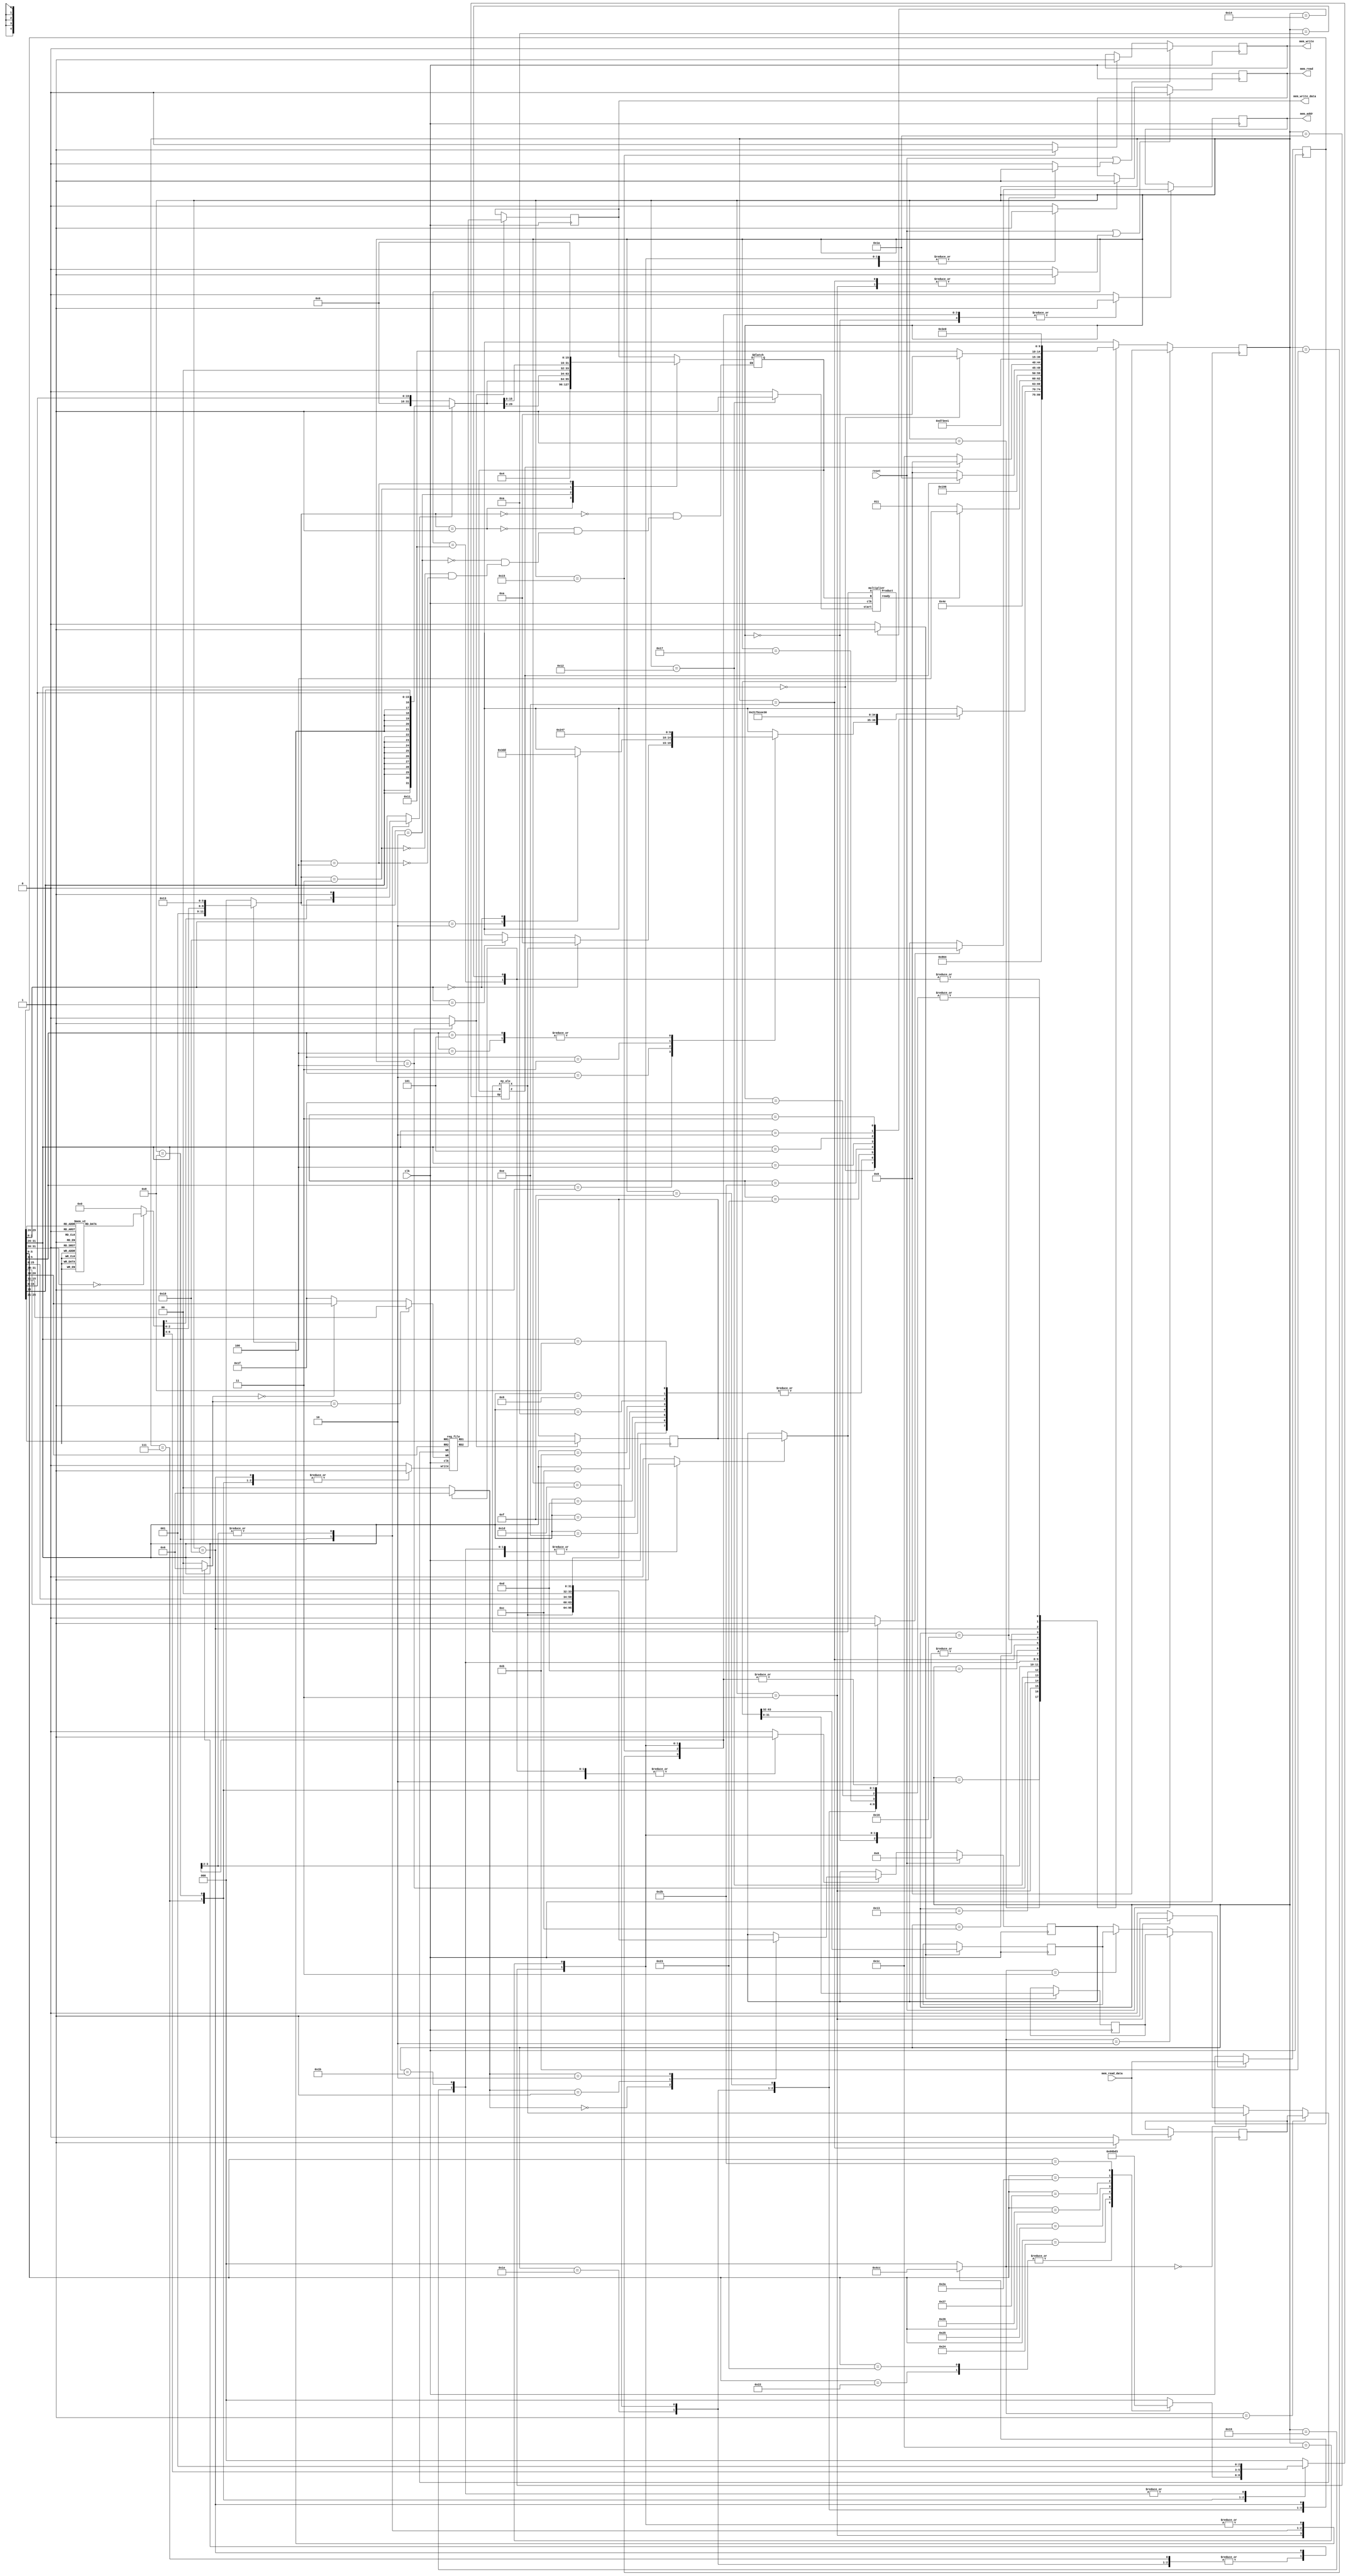

`timescale 1ns/100ps

   `define ADD  3'b000
   `define SUB  3'b001
   `define SLT  3'b010
   `define SLTU 3'b011
   `define AND  3'b100
   `define XOR  3'b101
   `define OR   3'b110
   `define NOR  3'b111

module multi_cycle_mips(

   input clk,
   input reset,

   // Memory Ports
   output  [31:0] mem_addr,
   input   [31:0] mem_read_data,
   output  [31:0] mem_write_data,
   output         mem_read,
   output         mem_write
);

   // Data Path Registers
   reg MRE, MWE;
   reg [31:0] A, B, PC, IR, MDR, MAR, lr, hr;

   // Data Path Control Lines, donot forget, regs are not always regs !!
   reg setMRE, clrMRE, setMWE, clrMWE;
   reg Awrt, Bwrt, RFwrt, PCwrt, IRwrt, MDRwrt, MARwrt;

   // Memory Ports Binding
   assign mem_addr = MAR;
   assign mem_read = MRE;
   assign mem_write = MWE;
   assign mem_write_data = B;

   // Mux & ALU Control Lines
   reg [2:0] aluOp;
   reg [2:0] aluSelB, MemtoReg;
   reg [1:0] RegDst,pcSrc;
   reg SgnExt, aluSelA, IorD , start, LHWrite;

   // Wiring
   wire aluZero , ready;
   wire [31:0] aluResult, rfRD1, rfRD2 ;
   wire [63:0] multiplier_result;

   // Clocked Registers
   always @( posedge clk ) begin
      if( reset )
         PC <= #0.1 32'h00000000;
      else if( PCwrt )begin
         case(pcSrc)
         2'b00 : PC <= #0.1 aluResult;
         2'b01 : PC <= #0.1 {IR[31:28],IR[25:0],2'b00};
         2'b10 : PC <= #0.1 A;
      endcase
         end

      if( Awrt ) A <= #0.1 rfRD1;
      if( Bwrt ) B <= #0.1 rfRD2;

      if( MARwrt ) MAR <= #0.1 IorD ? aluResult : PC;

      if( IRwrt ) IR <= #0.1 mem_read_data;
      if( MDRwrt ) MDR <= #0.1 mem_read_data;

      if( reset | clrMRE ) MRE <= #0.1 1'b0;
          else if( setMRE) MRE <= #0.1 1'b1;

      if( reset | clrMWE ) MWE <= #0.1 1'b0;
          else if( setMWE) MWE <= #0.1 1'b1;
      if (LHWrite)begin
          hr <= #0.1 multiplier_result[63:32];
          lr <= #0.1 multiplier_result[31:0];
      end

   end

   // Register File
   reg_file rf(
      .clk( clk ),
      .write( RFwrt ),

      .RR1( IR[25:21] ),
      .RR2( IR[20:16] ),
      .RD1( rfRD1 ),
      .RD2( rfRD2 ),

      .WR( RegDst == 2'b01 ? IR[15:11] : RegDst == 2'b00 ?  IR[20:16] : 5'b11111 ),
      .WD( MemtoReg == 2'b01 ? MDR : MemtoReg == 2'b00 ? aluResult : MemtoReg == 2'b10 ? lr :MemtoReg == 2'b11 ? hr : PC)
   );
   

   // Sign/Zero Extension
   wire [31:0] SZout = SgnExt ? {{16{IR[15]}}, IR[15:0]} : {16'h0000, IR[15:0]};

   // ALU-A Mux
   wire [31:0] aluA = aluSelA ? A : PC;

   // ALU-B Mux
   reg [31:0] aluB;
   always @(*)
   case (aluSelB)
      3'b000: aluB = B;
      3'b001: aluB = 32'h4;
      3'b010: aluB = SZout;
      3'b011: aluB = SZout << 2;
      3'b100: aluB = SZout << 16;
   endcase

   my_alu alu(
      .A( aluA ),
      .B( aluB ),
      .Op( aluOp ),

      .X( aluResult ),
      .Z( aluZero )
   );
   //multiplier
   multiplier my_multiplier(
      .clk(clk),
      .start(start),
      .A(aluA),
      .B(aluB),
      .Product(multiplier_result),
      .ready(ready)
   );


   // Controller Starts Here

   // Controller State Registers
   reg [4:0] state, nxt_state;

   // State Names & Numbers
   localparam
      RESET = 0, FETCH1 = 1, FETCH2 = 2, FETCH3 = 3, DECODE = 4,
      EX_ALU_R = 7, EX_ALU_I = 8,EX_JR = 10,
      EX_LW_1 = 11, EX_LW_2 = 12, EX_LW_3 = 13, EX_LW_4 = 14, EX_LW_5 = 15,EX_JAL = 16,EX_J = 17,EX_MUL_1 = 18 , EX_MUL_2 = 19,EX_MUL_3 = 20,
      EX_SW_1 = 21, EX_SW_2 = 22, EX_SW_3 = 23,
      EX_BRA_1 = 25, EX_BRA_2 = 26,
      EX_BRN_1 = 27, EX_BRN_2 = 28,
      EX_MFH = 29 , EX_MFL = 30, EX_J_2 = 31;

   // State Clocked Register 
   always @(posedge clk)
      if(reset)
         state <= #0.1 RESET;
      else
         state <= #0.1 nxt_state;

   task PrepareFetch;
      begin
         IorD = 0;
         setMRE = 1;
         MARwrt = 1;
         nxt_state = FETCH1;

           
      end
   endtask

   // State Machine Body Starts Here
   always @( * ) begin

      nxt_state = 'bx;

      SgnExt = 0; IorD = 0;
      MemtoReg = 3'b000; RegDst = 2'b00;
      aluSelA = 0; aluSelB = 3'b000; aluOp = 0 ; LHWrite = 0 ; start = 0;

      PCwrt = 0;
      Awrt = 0; Bwrt = 0;
      RFwrt = 0; IRwrt = 0;
      MDRwrt = 0; MARwrt = 0;
      setMRE = 0; clrMRE = 0;
      setMWE = 0; clrMWE = 0;
      pcSrc = 2'b00;

      case(state)

         RESET:
            PrepareFetch;

         FETCH1:
            nxt_state = FETCH2;

         FETCH2:
            nxt_state = FETCH3;

         FETCH3: begin
             pcSrc = 2'b00;
            IRwrt = 1;
            PCwrt = 1;
            clrMRE = 1;
            aluSelA = 0;
            aluSelB = 2'b01;
            aluOp = `ADD;
            nxt_state = DECODE;
         end

         DECODE: begin
            Awrt = 1;
            Bwrt = 1;
            case( IR[31:26] )
               6'b000_000:             // R-format
                  case( IR[5:3] )
                     //3'b000: ;
                     3'b001: begin
                        if(IR[2:0]==3'b000)
                        nxt_state = EX_JR;
                        else if(IR[2:0]==3'b001) 
                        nxt_state = EX_JAL;
                        end
                        3'b010: 
                        case(IR[2:0])
                        3'b010: nxt_state = EX_MFL;
                        3'b000: nxt_state = EX_MFH;
                     endcase
                     3'b011: nxt_state = EX_MUL_1;
                     3'b100: nxt_state = EX_ALU_R;
                     3'b101: nxt_state = EX_ALU_R;
                    // 3'b110: ;
                     //3'b111: ;
                  endcase

               6'b001_000,             // addi
               6'b001_001,             // addiu
               6'b001_010,             // slti
               6'b001_011,             // sltiu
               6'b001_100,             // andi
               6'b001_101,             // ori
               6'b001_111,              //lui
               6'b001_110:             // xori
                  nxt_state = EX_ALU_I;

               6'b100_011:
                  nxt_state = EX_LW_1;

               6'b101_011:
                  nxt_state = EX_SW_1;

               6'b000_100:
                  nxt_state = EX_BRA_1;
               6'b000_101:
                  nxt_state = EX_BRN_1;
               6'b000_010:
                  nxt_state = EX_J;
               6'b000_011 : 
                  nxt_state = EX_JAL;

                  
                  

               // rest of instructiones should be decoded here

            endcase
         end
         EX_MUL_1 : begin
            start = 1;
            aluSelA = 1;
            aluSelB = 2'b00;
            nxt_state = EX_MUL_2;
         end
         EX_MUL_2 : begin
            start = 0;
            if (ready) begin
               nxt_state = EX_MUL_3;
            end
            else nxt_state = EX_MUL_2;
         end
         EX_MUL_3 : begin
            LHWrite = 1;
            nxt_state = RESET;
         end
         EX_MFL : begin
            RFwrt = 1;
            RegDst = 2'b01;
            MemtoReg = 2'b10;
            nxt_state = RESET;

         end
         EX_MFH : begin
            RFwrt = 1;
            RegDst = 2'b01;
            MemtoReg = 2'b11;
            nxt_state = RESET;

         end


         EX_ALU_R: begin
            RFwrt = 1;
            RegDst = 2'b01;
            MemtoReg = 2'b00;
            aluSelA = 1;
            aluSelB = 2'b00;
            
            case( IR[5:0] )
            6'b100000:
            aluOp = `ADD;
            6'b100001:
            aluOp = `ADD;
            6'b100010:
            aluOp = `SUB;
            6'b100011:
            aluOp = `SUB;
            6'b100100:
            aluOp = `AND;
            6'b100101:
            aluOp = `OR;
            6'b100110:
            aluOp = `XOR;
            6'b100111:
            aluOp = `NOR;
            6'b101010:
            aluOp = `SLT;
            6'b101011:
            aluOp = `SLTU;
         endcase
         nxt_state = RESET;
            
         end

         EX_ALU_I: begin
            RegDst = 2'b00;
            MemtoReg = 2'b00;
            aluSelA = 1;
            RFwrt = 1;
            case(IR[31:26])
             6'b001_000:  begin          // addi
             aluSelB = 3'b010;
             SgnExt = 1;
             aluOp = `ADD;
             
             end

               6'b001_001:begin             // addiu
               aluSelB = 3'b010;
               SgnExt = 0;
               aluOp = `ADD;
               end
               6'b001_010:begin             // slti
               aluSelB = 3'b010;
               SgnExt = 1;
               aluOp = `SLT;
               end
               6'b001_011:begin             // sltiu
               aluSelB = 3'b010;
               SgnExt = 0;
               aluOp = `SLTU;
               end
               6'b001_100:begin             // andi
               aluSelB = 3'b010;
               SgnExt = 0;
               aluOp = `AND;
               end
               6'b001_101:begin             // ori
               aluSelB = 3'b010;
               SgnExt = 0;
               aluOp = `OR;
               end
               6'b001111:begin              //lui
               aluSelB = 3'b100;
               SgnExt = 0;
               aluOp = `OR;
               end
               6'b001_110:begin             // xori
               aluSelB = 3'b010;
               SgnExt = 0;
               aluOp = `XOR;
               end
         endcase
         nxt_state = RESET;

         end

         EX_LW_1: begin
         SgnExt = 1;
         aluSelA = 1;
         aluSelB = 2'b10;
         IorD = 1;
         setMRE = 1;
         MARwrt = 1;
         nxt_state = EX_LW_2;

            
         end

         EX_SW_1: begin
         SgnExt = 1;
         aluSelA = 1;
         aluSelB = 3'b010;
         IorD = 1;
         setMWE = 1;
         MARwrt = 1;
         nxt_state = EX_SW_2;
         end

         EX_BRA_1: begin
            RFwrt = 0;
            aluSelA = 1;
            aluSelB = 2'b00;
            aluOp = `SUB;
            if (aluZero == 1)
            nxt_state = EX_BRA_2;
            else
            nxt_state = RESET;
      
         end
         EX_BRN_1: begin
            RFwrt = 0;
            aluSelA = 1;
            aluSelB = 2'b00;
            aluOp = `SUB;
            if (aluZero == 0)
            nxt_state = EX_BRN_2;
            else
            nxt_state = RESET;
      
         end

         EX_LW_2: begin
            nxt_state = EX_LW_3;

         end

         EX_LW_3: begin
            nxt_state = EX_LW_4;
         end

         EX_LW_4: begin
            clrMRE = 1;
            MDRwrt = 1;
            nxt_state = EX_LW_5;
         end
         EX_LW_5: begin
            RFwrt = 1;
            RegDst = 2'b00;
            MemtoReg = 2'b01;
            nxt_state = RESET;
         end
         EX_SW_2: begin
            setMWE = 0;
            clrMWE = 1;
            nxt_state = EX_SW_3;
         end
         EX_SW_3: begin
            nxt_state = RESET;
            //PrepareFetch;
         end
         EX_BRA_2: begin
            pcSrc = 2'b00;
            PCwrt = 1;
            aluSelA = 0;
            aluSelB = 2'b11;
            aluOp = `ADD;
            IorD = 1;
            setMRE = 1;
             MARwrt = 1;
             nxt_state = FETCH1;

         end
         EX_BRN_2: begin
            pcSrc = 2'b00;
            PCwrt = 1;
            aluSelA = 0;
            aluSelB = 2'b11;
            aluOp = `ADD;
            IorD = 1;
            setMRE = 1;
             MARwrt = 1;
             nxt_state = FETCH1;

         end
         EX_J : begin
            pcSrc = 2'b01;
            PCwrt = 1;
            //nxt_state = FETCH1;
            nxt_state = EX_J_2;
         end
         EX_JAL : begin
            RFwrt = 1;
            RegDst = 2'b10;
            MemtoReg = 3'b100;
            //aluSelA = 0;
            //aluSelB = 3'b001;
            if(IR[31:26]==6'b000000)
            nxt_state = EX_JR;
            else
            nxt_state = EX_J;
            //nxt_state = RESET;
            end
            EX_JR : begin
            pcSrc = 2'b10;
            PCwrt = 1;
            
            //nxt_state = FETCH1;
            nxt_state = EX_J_2;

         end
         EX_J_2 : begin
            nxt_state = RESET;


         end




            

      endcase

   end

endmodule

//==============================================================================

module my_alu(
   input [2:0] Op,
   input [31:0] A,
   input [31:0] B,

   output [31:0] X,
   output        Z
);

   wire sub = Op != `ADD;

   wire [31:0] bb = sub ? ~B : B;

   wire [32:0] sum = A + bb + sub;

   wire sltu = ! sum[32];

   wire v = sub ? 
        ( A[31] != B[31] && A[31] != sum[31] )
      : ( A[31] == B[31] && A[31] != sum[31] );

   wire slt = v ^ sum[31];

   reg [31:0] x;

   always @( * )
      case( Op )
         `ADD : x = sum;
         `SUB : x = sum;
         `SLT : x = slt;
         `SLTU: x = sltu;
         `AND : x =   A & B;
         `OR  : x =   A | B;
         `NOR : x = ~(A | B);
         `XOR : x =   A ^ B;
         default : x = 32'hxxxxxxxx;
      endcase

   assign #2 X = x;
   assign #2 Z = x == 32'h00000000;

endmodule

//==============================================================================

module reg_file(
   input clk,
   input write,
   input [4:0] WR,
   input [31:0] WD,
   input [4:0] RR1,
   input [4:0] RR2,
   output [31:0] RD1,
   output [31:0] RD2
);

   reg [31:0] rf_data [0:31];

   assign #2 RD1 = rf_data[ RR1 ];
   assign #2 RD2 = rf_data[ RR2 ];   

   always @( posedge clk ) begin
      if ( write )
         rf_data[ WR ] <= WD;

      rf_data[0] <= 32'h00000000;
   end

endmodule

//==============================================================================
module multiplier(
//-----------------------Port directions and deceleration
   input clk,  
   input start,
   input [31:0] A, 
   input [31:0] B, 
   output reg [63:0] Product,
   output ready
    );



//------------------------------------------------------

//----------------------------------- register deceleration
reg [31:0] Multiplicand ;
reg [31:0]  Multiplier;
reg [31:0] Multiplexer_output;
reg [5:0]  counter;
reg [31:0] first_Product ;
reg [31:0] second_product;
reg [63:0] temp;
//-------------------------------------------------------

//------------------------------------- wire deceleration
wire multiplexer_enable;
wire [31:0] adder_output;
wire c_out; 
//---------------------------------------------------------

//-------------------------------------- combinational logic
assign{c_out,adder_output} = Multiplexer_output + first_Product;
assign multiplexer_enable = Multiplier[0]; 
assign ready = counter[5];
//---------------------------------------------------------

//--------------------------------------- sequential Logic
always @ (posedge clk)

   if(start) begin
      counter <= 6'h0 ;
      Multiplier <= B;
      first_Product <= 32'h00;
      second_product <= 32'h00;
      Multiplicand <= A ;
      //Product <= {first_Product, second_product};
     
      if(multiplexer_enable) 
         Multiplexer_output <= Multiplicand;
      else
        Multiplexer_output <= 32'h00;
      
   end

   else if(! ready) begin

         first_Product <= {c_out,adder_output[31:1]};
         //bug!!!!!!
         second_product[ counter] <=  adder_output[0];
         counter <= counter + 1;
        
        
         Multiplier <= Multiplier >> 1;

         


         if(multiplexer_enable) 
         Multiplexer_output <= Multiplicand;
         else
         Multiplexer_output <= 32'h00;
         

        



      
   end 
   else
   
   Product <= ((c_out<<63) + ({adder_output,second_product}>>1));


   

endmodule